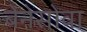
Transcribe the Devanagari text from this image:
बेनेसोवा